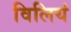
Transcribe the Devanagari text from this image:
विलियं